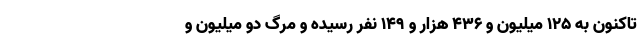
تاکنون به ۱۲۵ میلیون و ۴۳۶ هزار و ۱۴۹ نفر رسیده و مرگ دو میلیون و